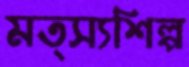
মত্স্যশিল্প